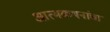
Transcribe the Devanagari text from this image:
आत्मकथनांचा